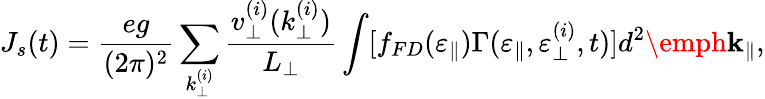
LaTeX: J_{s}(t)=\frac{eg}{(2\pi)^{2}}\sum_{k_{\perp}^{(i)}}\frac{v_{\perp}^{(i)}(k_{\perp}^{(i)})}{L_{\perp}}\int[f_{FD}(\varepsilon_{\parallel})\Gamma(\varepsilon_{\parallel},\varepsilon_{\perp}^{(i)},t)]d^{2}\emph{\textbf{k}}_{\parallel},